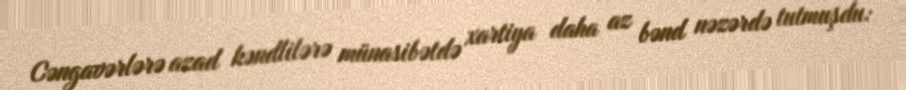
Cəngavərlərə azad kəndlilərə münasibətdə xartiya daha az bənd nəzərdə tutmuşdu: